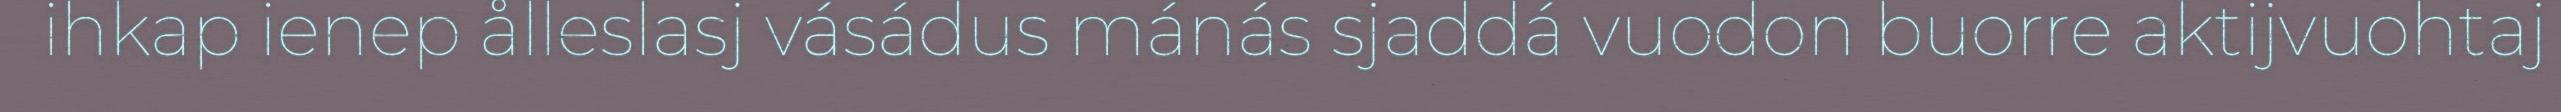
ihkap ienep ålleslasj vásádus mánás sjaddá vuodon buorre aktijvuohtaj